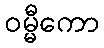
ဝမ္မီကော